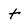
Character: t